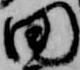
田